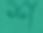
শ